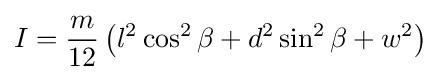
I={\frac {m}{12}}\left(l^{2}\cos ^{2}\beta +d^{2}\sin ^{2}\beta +w^{2}\right)